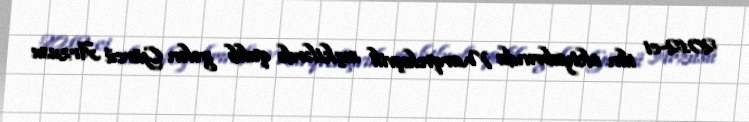
2012-ci ilin oktyabrında Marqvelaşvili seçkilərdə qalib gələn Gürcü Arzusu